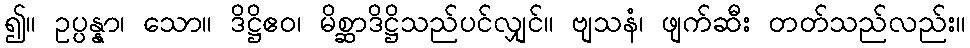
၍။ ဥပ္ပန္နာ၊ သော။ ဒိဋ္ဌိဧဝ၊ မိစ္ဆာဒိဋ္ဌိသည်ပင်လျှင်။ ဗျသနံ၊ ဖျက်ဆီး တတ်သည်လည်း။